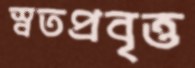
স্বতপ্রবৃত্ত